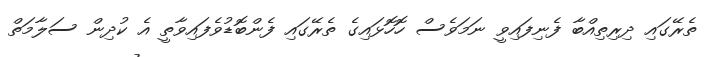
ތެރޭގައި ދިރިތިއްބާ ފެނިފައިވީ ނަމަވެސް ހޮހޮޅައިގެ ތެރޭގައި ފެންބޮޑުވެފައިވާތީ އެ ކުދިން ސަލާމަތް